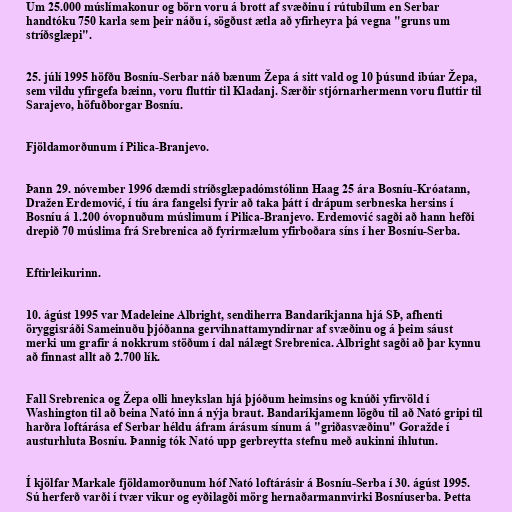
Um 25.000 múslímakonur og börn voru á brott af svæðinu í rútubílum en Serbar
handtóku 750 karla sem þeir náðu í, sögðust ætla að yfirheyra þá vegna "gruns um
stríðsglæpi".

25. júlí 1995 höfðu Bosníu-Serbar náð bænum Žepa á sitt vald og 10 þúsund ibúar Žepa,
sem vildu yfirgefa bæinn, voru fluttir til Kladanj. Særðir stjórnarhermenn voru fluttir til
Sarajevo, höfuðborgar Bosníu.

Fjöldamorðunum í Pilica-Branjevo.

Þann 29. nóvember 1996 dæmdi stríðsglæpadómstólinn Haag 25 ára Bosníu-Króatann,
Dražen Erdemović, í tíu ára fangelsi fyrir að taka þátt í drápum serbneska hersins í
Bosníu á 1.200 óvopnuðum múslimum í Pilica-Branjevo. Erdemović sagði að hann hefði
drepið 70 múslima frá Srebrenica að fyrirmælum yfirboðara síns í her Bosníu-Serba.

Eftirleikurinn.

10. ágúst 1995 var Madeleine Albright, sendiherra Bandaríkjanna hjá SÞ, afhenti
öryggisráði Sameinuðu þjóðanna gervihnattamyndirnar af svæðinu og á þeim sáust
merki um grafir á nokkrum stöðum í dal nálægt Srebrenica. Albright sagði að þar kynnu
að finnast allt að 2.700 lík.

Fall Srebrenica og Žepa olli hneykslan hjá þjóðum heimsins og knúði yfirvöld í
Washington til að beina Nató inn á nýja braut. Bandaríkjamenn lögðu til að Nató gripi til
harðra loftárása ef Serbar héldu áfram árásum sínum á "griðasvæðinu" Goražde í
austurhluta Bosníu. Þannig tók Nató upp gerbreytta stefnu með aukinni íhlutun.

Í kjölfar Markale fjöldamorðunum hóf Nató loftárásir á Bosníu-Serba í 30. ágúst 1995.
Sú herferð varði í tvær vikur og eyðilagði mörg hernaðarmannvirki Bosníuserba. Þetta